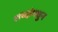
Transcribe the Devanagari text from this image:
शब्दांमधुन